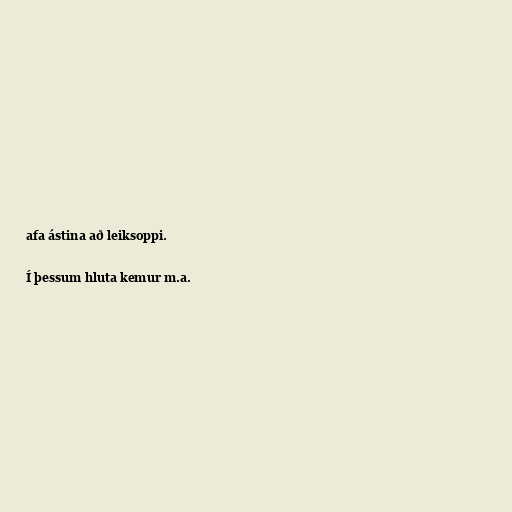
afa ástina að leiksoppi.

Í þessum hluta kemur m.a.